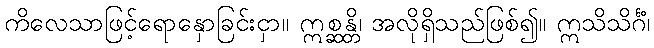
ကိလေသာဖြင့်ရောနှောခြင်းငှာ။ ဣစ္ဆန္တိ၊ အလိုရှိသည်ဖြစ်၍။ ဣသိသိင်္ဂံ၊